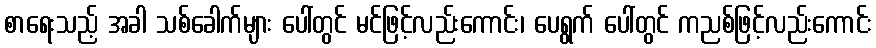
စာရေးသည့် အခါ သစ်ခေါက်များ ပေါ်တွင် မင်ဖြင့်လည်းကောင်း၊ ပေရွက် ပေါ်တွင် ကညစ်ဖြင့်လည်းကောင်း